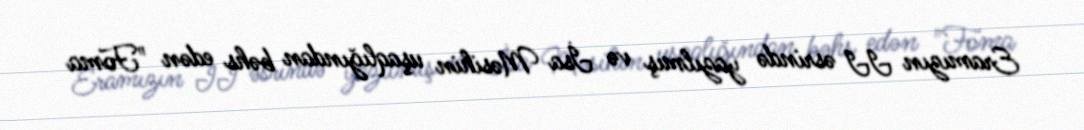
Eramızın II əsrində yazılmış və İsa Məsihin uşaqlığından bəhs edən "Foma